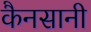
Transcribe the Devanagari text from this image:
कैनसानी